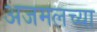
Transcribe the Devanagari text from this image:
अजमलच्या